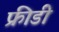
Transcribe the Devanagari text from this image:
फ्रीडी